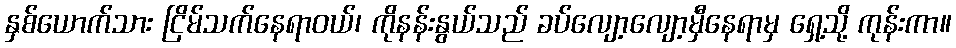
နှစ်ယောက်သား ငြိမ်သက်နေရာဝယ်၊ ကိုနန်းနွယ်သည် ခပ်လျော့လျော့မှီနေရာမှ ရှေ့သို့ ကုန်းကာ။